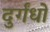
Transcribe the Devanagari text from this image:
दुर्गंधों